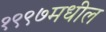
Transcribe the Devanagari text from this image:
१९९७मधील